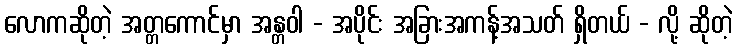
လောကဆိုတဲ့ အတ္တကောင်မှာ အန္တဝါ - အပိုင်း အခြားအကန့်အသတ် ရှိတယ် - လို့ ဆိုတဲ့